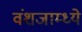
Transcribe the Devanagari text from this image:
वंशजाम्ध्ये